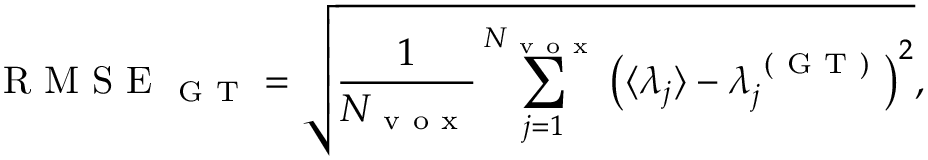
\mathrm { ~ R ~ M ~ S ~ E ~ } _ { \mathrm { ~ G ~ T ~ } } = \sqrt { \frac { 1 } { N _ { \mathrm { ~ v ~ o ~ x ~ } } } \sum _ { j = 1 } ^ { N _ { \mathrm { ~ v ~ o ~ x ~ } } } \left( \langle \lambda _ { j } \rangle - \lambda _ { j } ^ { \mathrm { ~ ( ~ G ~ T ~ ) ~ } } \right) ^ { 2 } } ,